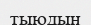
тыюдың